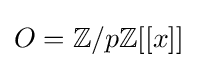
O=\mathbb {Z} /p\mathbb {Z} [[x]]